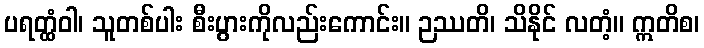
ပရတ္ထံဝါ၊ သူတစ်ပါး စီးပွားကိုလည်းကောင်း။ ဉဿတိ၊ သိနိုင် လတံ့။ ဣတိစ၊